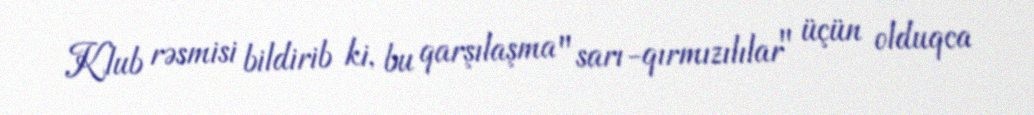
Klub rəsmisi bildirib ki, bu qarşılaşma "sarı-qırmızılılar" üçün olduqca